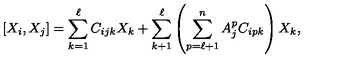
[ X _ { i } , X _ { j } ] = \sum _ { k = 1 } ^ { \ell } C _ { i j k } X _ { k } + \sum _ { k + 1 } ^ { \ell } \left( \sum _ { p = \ell + 1 } ^ { n } A _ { j } ^ { p } C _ { i p k } \right) X _ { k } ,